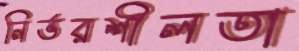
নির্ভরশীলতা